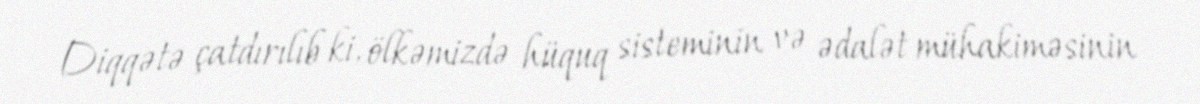
Diqqətə çatdırılıb ki, ölkəmizdə hüquq sisteminin və ədalət mühakiməsinin